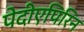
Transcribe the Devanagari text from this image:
पेदीएपिरिन